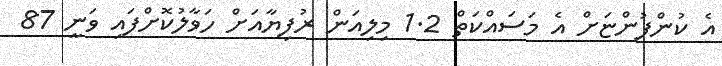
އެ ކުންފުންޏަށް އެ މަސައްކަތް 1.2 މިލިއަން ރުފިޔާއަށް ހަވާލުކޮށްފައި ވަނީ 87